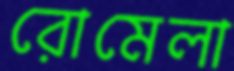
রোমেলা